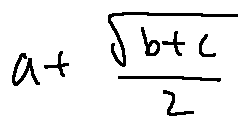
a + \frac { \sqrt { b + c } } { 2 }